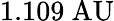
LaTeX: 1.109{\mathrm{~AU}}